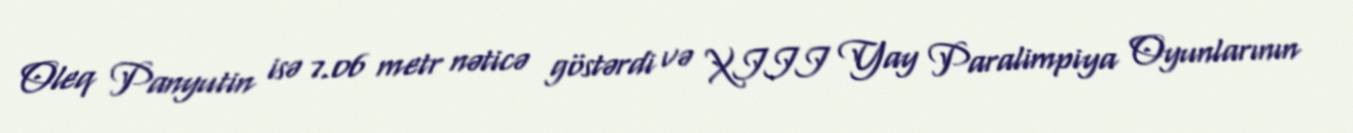
Oleq Panyutin isə 7.06 metr nəticə göstərdi və XIII Yay Paralimpiya Oyunlarının